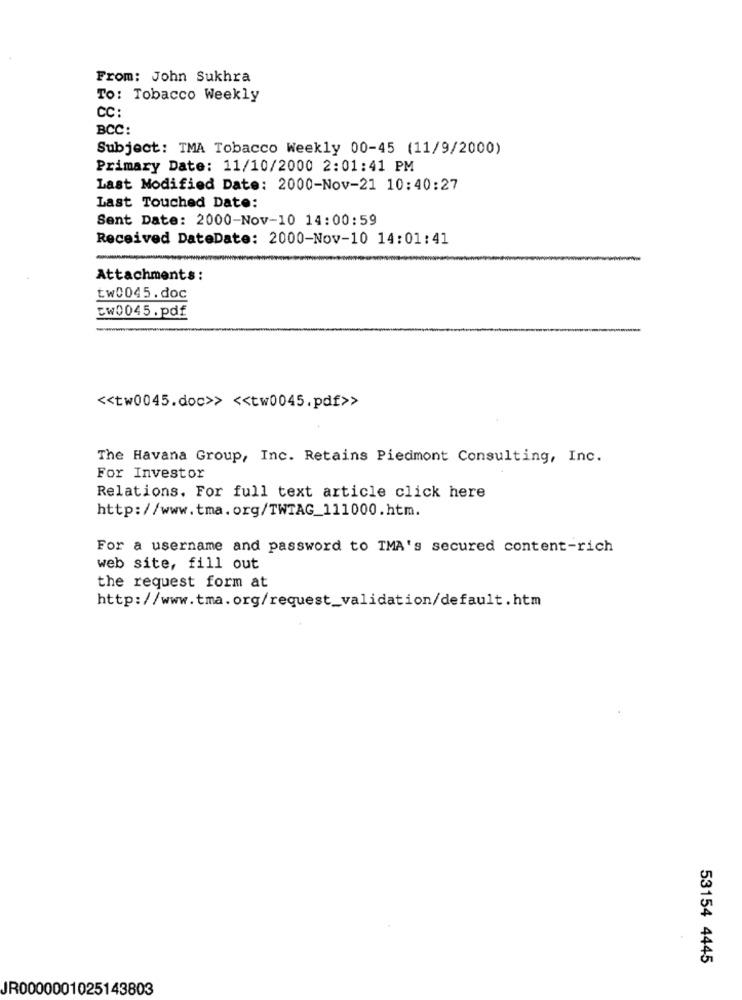
From: John Sukhra
To: Tobacco Weekly
CC:
BCC:
Subject: TMA Tobacco Weekly 00-45 (11/9/2000)
Primary Date: 11/10/2000 2:01:41 PM
Last Modified Date: 2000-Nov-21 10:40:27
Last Touched Date:
Sent Date: 2000-Nov-10 14:00:59
Received DateDate: 2000-Nov-10 14:01:41
Attachments :
tw0045.doc
cw0045.pdf
<< tw0045.doc>> << tw0045.pdf>>
The Havana Group, Inc. Retains Piedmont Consulting, Inc.
For Investor
Relations. For full text article click here
http://www.tma.org/TWTAG_111000.htm.
For a username and password to TMA's secured content-rich
web site, fill out
the request form at
http://www.tma.org/request_validation/default.htm
53154 4445
JR0000001025143803